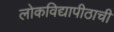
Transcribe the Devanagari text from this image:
लोकविद्यापीठाची